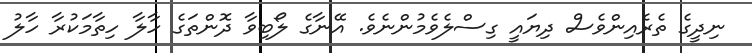
ނިދީގެ ތެރެއިންވެސް ދިޔައީ ގިސްލެވެމުންނެވެ. އޭނާގެ ލޯބިވާ ދޮންތަގެ ހާލާ ހިތާމަކުރާ ހާލު